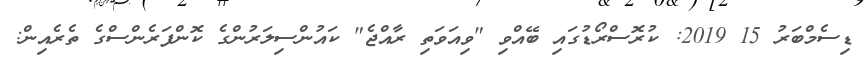
ޑިސެމްބަރު 15 2019: ކުރޮސްރޯޑުގައި ބޭއްވި "ވިއަވަތި ރާއްޖެ" ކައުންސިލަރުންގެ ކޮންފަރެންސްގެ ތެރެއިން: